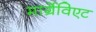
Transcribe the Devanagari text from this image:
मार्ग्रेविएट